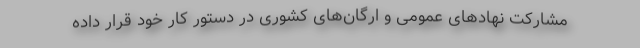
مشارکت نهادهای عمومی و ارگان‌های کشوری در دستور کار خود قرار داده